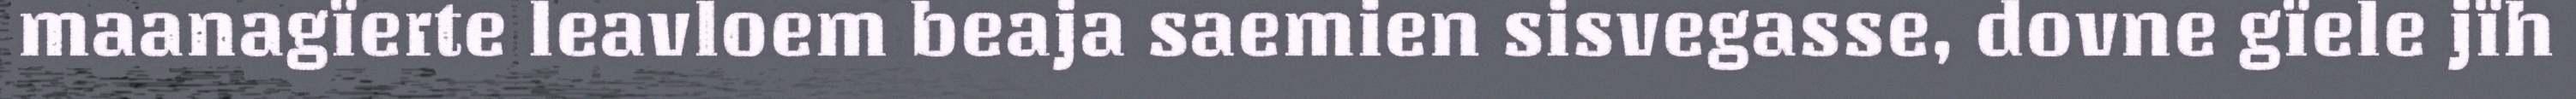
maanagïerte leavloem beaja saemien sisvegasse, dovne gïele jïh